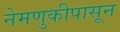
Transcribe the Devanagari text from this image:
नेमणुकीपासून